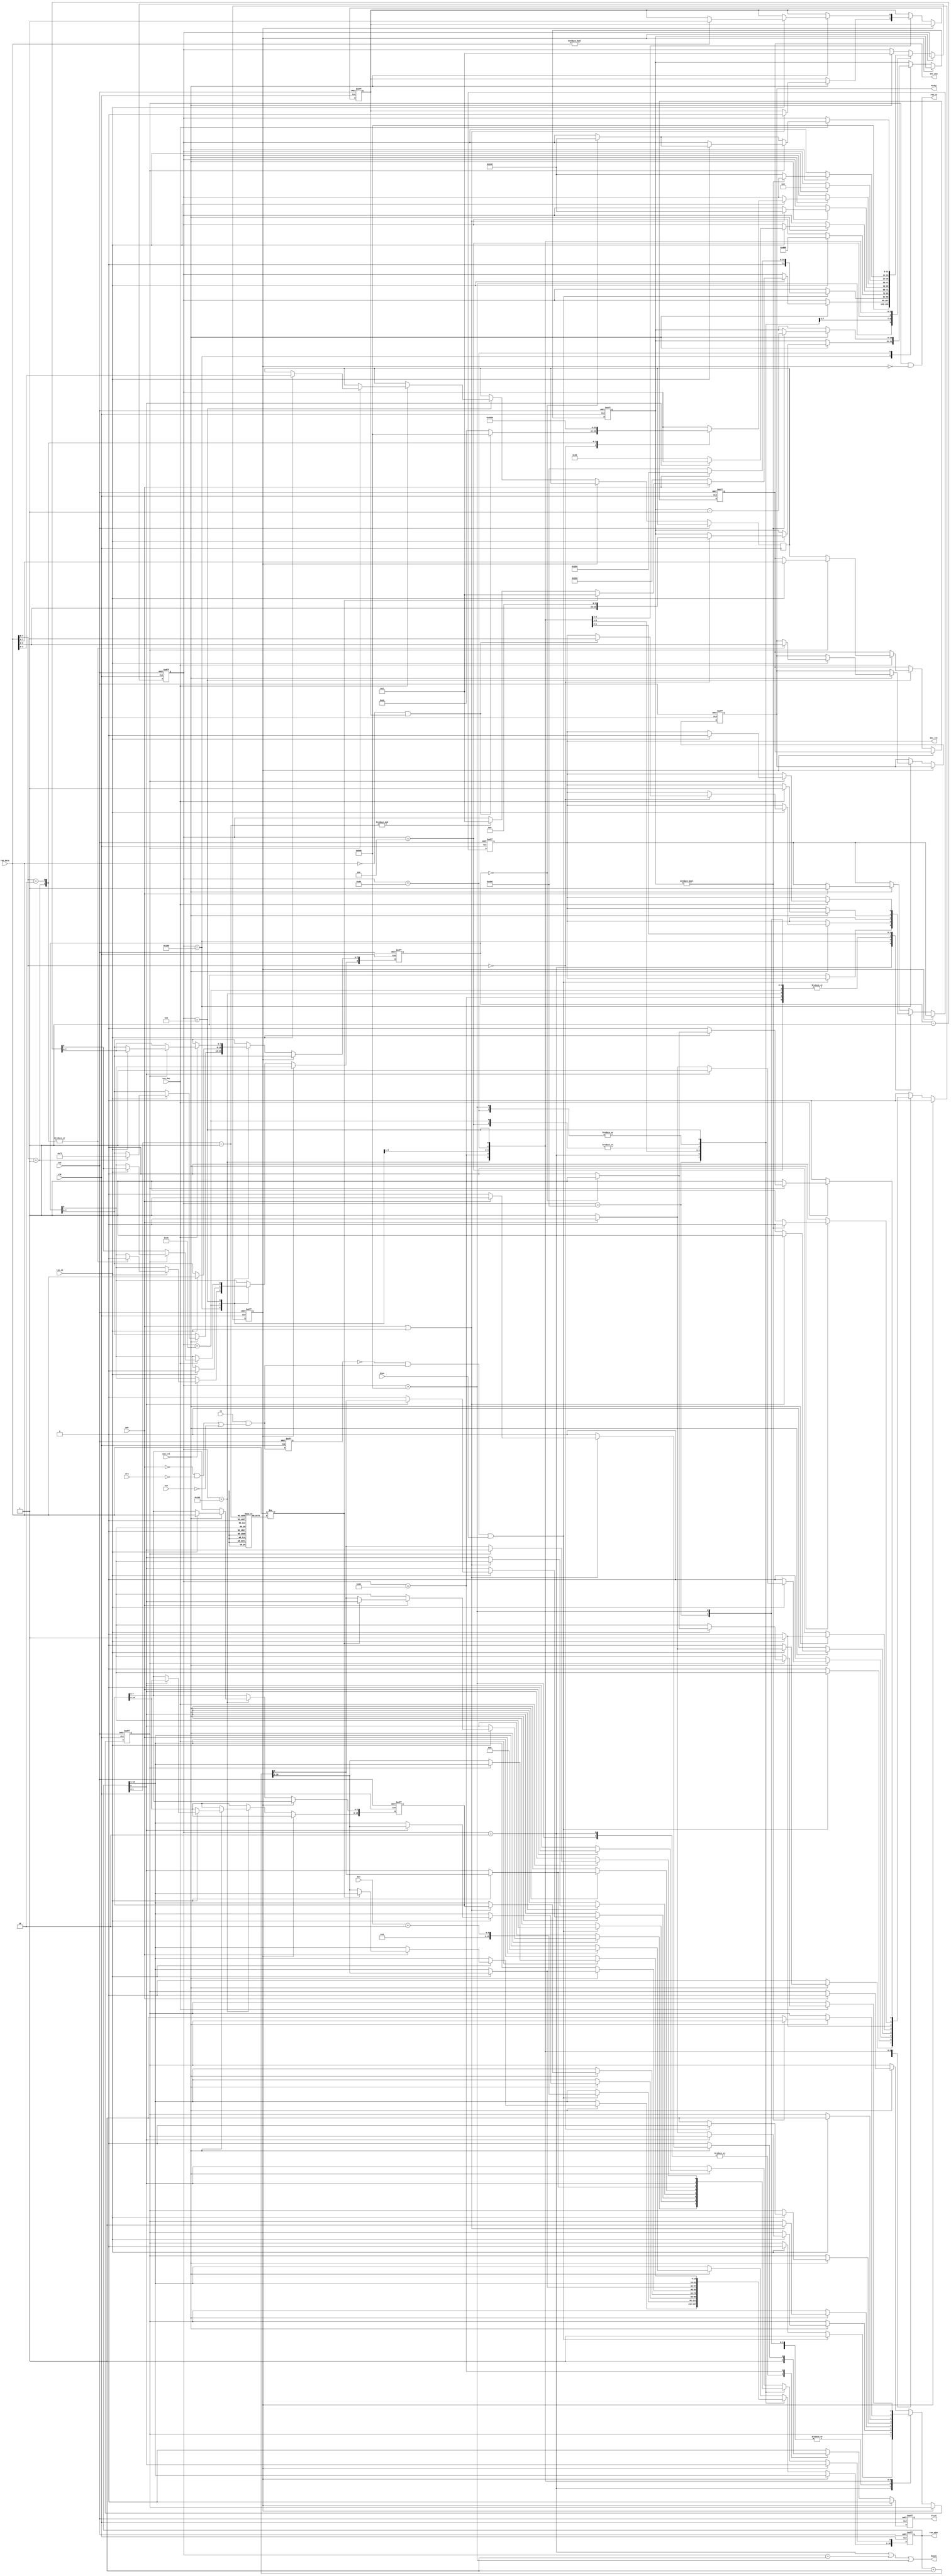
/*  This file is part of JT7759.
    JT7759 program is free software: you can redistribute it and/or modify
    it under the terms of the GNU General Public Licen_ctlse as published by
    the Free Software Foundation, either version 3 of the Licen_ctlse, or
    (at your option) any later version.

    JT7759 program is distributed in the hope that it will be useful,
    but WITHOUT ANY WARRANTY; without even the implied warranty of
    MERCHANTABILITY or FITNESS FOR A PARTICULAR PURPOSE.  See the
    GNU General Public Licen_ctlse for more details.

    You should have received a copy of the GNU General Public Licen_ctlse
    along with JT7759.  If not, see <http://www.gnu.org/licen_ctlses/>.

    Author: Jose Tejada Gomez. Twitter: @topapate
    Version: 1.0
    Date: 5-7-2020 */

module jt7759_ctrl(
    input             rst,
    input             clk,
    input             cen_ctl,
    input             cen_dec,
    output reg [ 5:0] divby,
    input             stn,  // STart (active low)
    input             cs,
    input             mdn,  // MODE: 1 for stand alone mode, 0 for slave mode
    input             drqn,
    output            busyn,
    // CPU interface
    input             wrn,  // for slave mode only
    input      [ 7:0] din,
    // ADPCM engine
    output reg        dec_rst,
    output reg [ 3:0] dec_din,
    // ROM interface
    output            rom_cs,      // equivalent to DRQn in original chip
    output reg [16:0] rom_addr,
    input      [ 7:0] rom_data,
    input             rom_ok,
    output reg        flush
);

localparam STW = 12;
localparam [STW-1:0] RST    = 12'd1<<0;  // 1
localparam [STW-1:0] IDLE   = 12'd1<<1;  // 2
localparam [STW-1:0] SND_CNT= 12'd1<<2;  // 4
localparam [STW-1:0] PLAY   = 12'd1<<3;  // 8
localparam [STW-1:0] WAIT   = 12'd1<<4;  // 10
localparam [STW-1:0] GETN   = 12'd1<<5;  // 20
localparam [STW-1:0] MUTED  = 12'd1<<6;  // 40
localparam [STW-1:0] LOAD   = 12'd1<<7;  // 80
localparam [STW-1:0] READCMD= 12'd1<<8;  // 100
localparam [STW-1:0] READADR= 12'd1<<9;  // 200
localparam [STW-1:0] SIGN   = 12'd1<<10; // 400
localparam [STW-1:0] DONE   = 12'd1<<11; // 800

localparam MTB = 10,    // base count at cen_ctl (1.56us) 1.5625us*512=0.8ms
           MTW = 6+MTB; // Mute counter

// reg  [    7:0] max_snd; // sound count: total number of sound samples
reg  [STW-1:0] st;
reg  [    3:0] next;
reg  [MTW-1:0] mute_cnt;
reg  [    8:0] data_cnt;
reg  [    3:0] rep_cnt;
reg  [   15:0] addr_latch;
// reg  [   16:0] rep_latch;
reg  [    7:0] sign[0:3];
reg            last_wr, getdiv, headerok;
// reg            signok; // ROM signature ok
wire           write, wr_posedge;
wire [   16:0] next_rom;
wire [    1:0] sign_addr = rom_addr[1:0]-2'd1;
reg            pre_cs, pulse_cs;

assign      write      = cs && ( (!mdn && !wrn) || !stn );
assign      wr_posedge = !last_wr && write;
assign      busyn      = st == IDLE || st == RST || st == DONE;
assign      next_rom   = rom_addr+1'b1;
assign      rom_cs     = pre_cs & ~pulse_cs;

initial begin
    sign[0] = 8'h5a;
    sign[1] = 8'ha5;
    sign[2] = 8'h69;
    sign[3] = 8'h55;
end

// Simulation log
`ifdef SIMULATION
`define JT7759_SILENCE   $display("\tjt7759: silence");
`define JT7759_PLAY      $display("\tjt7759: play");
`define JT7759_PLAY_LONG $display("\tjt7759: play n");
`define JT7759_REPEAT    $display("\tjt7759: repeat");
`define JT7759_DONE      $display("\tjt7759: sample done");
`else
`define JT7759_SILENCE
`define JT7759_PLAY
`define JT7759_PLAY_LONG
`define JT7759_REPEAT
`define JT7759_DONE
`endif


always @(posedge clk, posedge rst) begin
    if( rst ) begin
        // max_snd   <= 8'd0;
        st        <= RST;
        pre_cs    <= 0;
        rom_addr  <= 17'd0;
        divby     <= 6'h10; // ~8kHz
        last_wr   <= 0;
        dec_rst   <= 1;
        dec_din   <= 4'd0;
        mute_cnt  <= 0;
        data_cnt  <= 9'd0;
        // signok    <= 0;
        rep_cnt   <= ~4'd0;
        // rep_latch <= 17'd0;
        headerok  <= 0;
        addr_latch<= 0;
        pulse_cs  <= 0;
        flush     <= 0;
    end else begin
        last_wr <= write;
        flush   <= 0;
        if( pulse_cs ) begin
            /*if(cen_ctl)*/ pulse_cs <= 0;
        end else begin
            case( st )
                default: if(cen_ctl) begin // start up process
                    if( mdn ) begin
                        rom_addr <= 17'd0;
                        pre_cs   <= 0;
                        dec_rst  <= 1;
                        //pre_cs   <= 1;
                        //st       <= SND_CNT; // Reads the ROM header
                        st       <= IDLE;
                    end
                    else st <= IDLE;
                end
                DONE: begin
                    st <= DONE; // stay here forever
                    flush <= 1;
                end
                // Check the chip signature
                SIGN: if (cen_ctl) begin
                    if( rom_ok ) begin
                        if( !mdn ) begin
                            pulse_cs <= 1;
                            st <= READADR;
                            rom_addr[0] <= 1;
                        end else begin
                            if( rom_data != sign[sign_addr] ) begin
                                // signok <= 0;
                                st <= IDLE;
                                `ifdef SIMULATION
                                $display("Wrong ROM assigned to jt7759");
                                $finish;
                                `endif
                            end
                            else begin
                                if( &sign_addr ) begin
                                    // signok <= 1;
                                    st<=IDLE;
                                end
                                rom_addr<= next_rom;
                            end
                        end
                    end
                end
                IDLE: begin
                    flush <= 1;
                    if( wr_posedge && drqn ) begin
                        //if( din <= max_snd || !mdn ) begin
                            pre_cs   <= 1;
                            pulse_cs <= 1;
                            rom_addr <= { 7'd0, {1'd0, din} + 9'd2, 1'b1 };
                            if( !mdn ) begin
                                st <= SIGN;
                            end else
                                st <= READADR;
                        //end
                    end else begin
                        if( rom_ok ) pre_cs  <= 0;
                        dec_rst <= 1;
                    end
                end
                SND_CNT: begin
                    if( rom_ok ) begin
                        // max_snd <= rom_data;
                        rom_addr<= next_rom;
                        st      <= SIGN;
                    end
                end
                READADR: if(cen_ctl) begin
                    if( rom_ok ) begin
                        if( rom_addr[0] ) begin
                            rom_addr <= next_rom;
                            pulse_cs <= 1;
                            addr_latch[ 7:0] <= rom_data;
                        end else begin
                            addr_latch[15:8] <= addr_latch[7:0];
                            addr_latch[ 7:0] <= rom_data;
                            st               <= LOAD;
                            if( mdn ) begin
                                pre_cs <= 0;
                            end else begin
                                pre_cs <= 1;
                                pulse_cs <= 1;
                            end
                        end
                    end
                end
                LOAD: if(cen_ctl) begin
                    if( mdn || rom_ok ) begin
                        rom_addr <= { addr_latch, 1'b1 };
                        headerok <= 0;
                        st       <= READCMD;
                        pre_cs   <= 1;
                        pulse_cs <= 1;
                        rep_cnt  <= ~4'd0;
                        if ( mdn ) flush <= 1;
                    end
                end
                READCMD: if(cen_ctl) begin
                    if( rom_ok ) begin
                        rom_addr <= next_rom;
                        pre_cs   <= 1;
                        pulse_cs <= 1;
                        if( ~&rep_cnt ) begin
                            rep_cnt  <= rep_cnt-1'd1;
                        end

                        if(rom_data!=0)
                            headerok <= 1;
                        case( rom_data[7:6] )
                            2'd0: begin // Silence
                                `JT7759_SILENCE
                                mute_cnt <= {rom_data[5:0],{MTB{1'b0}}};
                                if( rom_data==0 && headerok) begin
                                    st <= DONE;
                                    dec_rst <= 1;
                                    `JT7759_DONE
                                end else begin
                                    st <= MUTED;
                                end
                                pre_cs  <= 0;
                            end
                            2'd1: begin // 256 nibbles
                                data_cnt  <= 9'hff;
                                divby     <= rom_data[5:0];
                                st        <= PLAY;
                                `JT7759_PLAY
                            end
                            2'd2: begin // n nibbles
                                data_cnt[8] <= 0;
                                divby       <= rom_data[5:0];
                                st          <= GETN;
                                `JT7759_PLAY_LONG
                            end
                            2'd3: begin // repeat loop
                                rep_cnt   <= {1'b0, rom_data[2:0]};
                                // rep_latch <= next_rom;
                                `JT7759_REPEAT
                            end
                        endcase
                    end
                end
                GETN: begin
                    if( rom_ok ) begin
                        rom_addr <= next_rom;
                        pre_cs   <= 1;
                        pulse_cs <= 1;
                        data_cnt <= {1'b0, rom_data};
                        st       <= PLAY;
                    end
                end
                MUTED: if( cen_ctl ) begin
                    if(cen_dec) dec_rst<= 1;
                    if( mute_cnt != 0 ) begin
                        mute_cnt <= mute_cnt-1'd1;
                    end else begin
                        st     <= READCMD;
                        pre_cs <= 1;
                        pulse_cs <= 1;
                    end
                end
                PLAY: begin
                    if(cen_dec) begin
                        if( pre_cs ) begin
                            if( rom_ok ) begin
                                { dec_din, next } <= rom_data;
                                dec_rst           <= 0;
                                pre_cs            <= 0;
                                data_cnt          <= data_cnt-1'd1;
                                if( data_cnt==0 ) begin
                                    pre_cs   <= 1;
                                    pulse_cs <= 1;
                                    st       <= READCMD;
                                end
                            end
                        end else begin
                            dec_din  <= next;
                            rom_addr <= next_rom;
                            pre_cs   <= 1;
                            pulse_cs <= 1;
                            data_cnt <= data_cnt-1'd1;
                            if( data_cnt==0 ) begin
                                st <= READCMD;
                            end
                        end
                    end
                end
            endcase
        end // pulse_cen
    end
end


endmodule